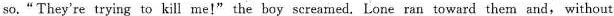
so."They're trying to kill me!" the boy screamed. Lone ran toward them and, without